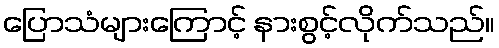
ပြောသံများကြောင့် နားစွင့်လိုက်သည်။